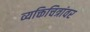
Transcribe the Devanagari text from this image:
व्यक्तिचित्रांवर